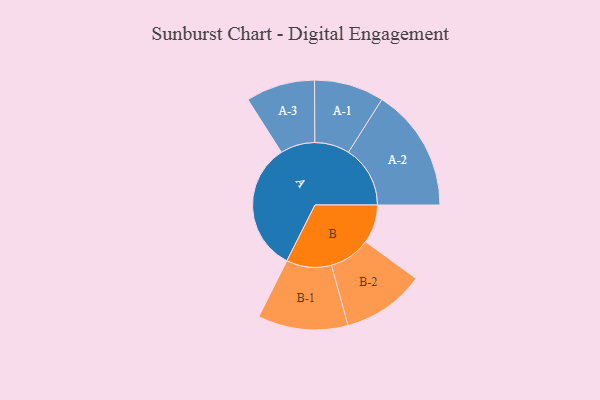
{"axis": {"x": "Segment", "y": "Value"}, "legend": ["", "A", "B"], "data": [{"x": "A", "y": 419, "type": ""}, {"x": "B", "y": 125, "type": ""}, {"x": "A-1", "y": 113, "type": "A"}, {"x": "A-2", "y": 200, "type": "A"}, {"x": "A-3", "y": 112, "type": "A"}, {"x": "B-1", "y": 146, "type": "B"}, {"x": "B-2", "y": 134, "type": "B"}]}